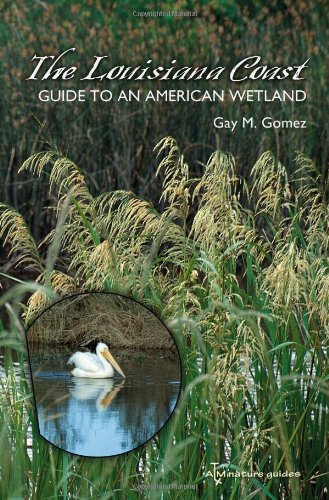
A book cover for The Louisiana Coast: Guide to an American Wetland (Gulf Coast Books, sponsored by Texas A&M University-Corpus Christi); Gay M. Gomez; Science & Math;